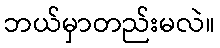
ဘယ်မှာတည်းမလဲ။